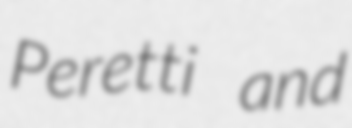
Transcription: Peretti and